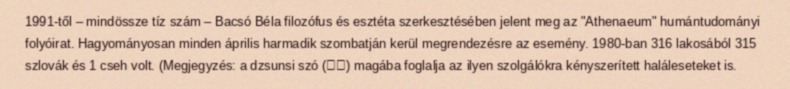
1991-től – mindössze tíz szám – Bacsó Béla filozófus és esztéta szerkesztésében jelent meg az "Athenaeum" humántudományi folyóirat. Hagyományosan minden április harmadik szombatján kerül megrendezésre az esemény. 1980-ban 316 lakosából 315 szlovák és 1 cseh volt. (Megjegyzés: a dzsunsi szó (殉死) magába foglalja az ilyen szolgálókra kényszerített haláleseteket is.